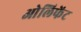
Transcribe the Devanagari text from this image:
ओलिफेंट